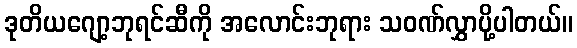
ဒုတိယဂျော့ဘုရင်ဆီကို အလောင်းဘုရား သဝဏ်လွှာပို့ပါတယ်။